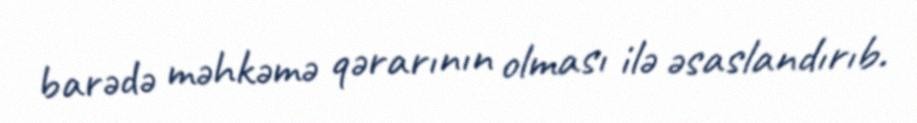
barədə məhkəmə qərarının olması ilə əsaslandırıb.